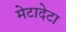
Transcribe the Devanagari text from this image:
मेटादेटा